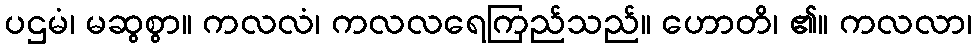
ပဌမံ၊ မဆွစွာ။ ကလလံ၊ ကလလရေကြည်သည်။ ဟောတိ၊ ၏။ ကလလာ၊